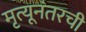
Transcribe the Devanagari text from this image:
मृत्यूनंतरची